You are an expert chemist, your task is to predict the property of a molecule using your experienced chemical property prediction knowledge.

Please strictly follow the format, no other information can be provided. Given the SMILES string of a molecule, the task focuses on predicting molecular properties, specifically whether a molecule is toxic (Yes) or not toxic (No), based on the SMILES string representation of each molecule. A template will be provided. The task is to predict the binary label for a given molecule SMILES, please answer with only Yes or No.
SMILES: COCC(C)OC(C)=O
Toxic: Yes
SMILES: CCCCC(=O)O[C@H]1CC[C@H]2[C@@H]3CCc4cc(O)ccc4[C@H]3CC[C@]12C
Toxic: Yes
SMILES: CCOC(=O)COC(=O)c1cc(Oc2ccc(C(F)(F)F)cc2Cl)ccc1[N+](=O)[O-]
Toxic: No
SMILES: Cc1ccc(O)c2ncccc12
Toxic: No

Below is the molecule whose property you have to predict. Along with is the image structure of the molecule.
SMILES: OC[C@H]1O[C@@H]2O[C@@H]3[C@@H](CO)O[C@H](O[C@@H]4[C@@H](CO)O[C@H](O[C@@H]5[C@@H](CO)O[C@H](O[C@@H]6[C@@H](CO)O[C@H](O[C@@H]7[C@@H](CO)O[C@H](O[C@H]1[C@H](O)[C@H]2O)[C@H](O)[C@H]7O)[C@H](O)[C@H]6O)[C@H](O)[C@H]5O)[C@H](O)[C@H]4O)[C@H](O)[C@H]3O
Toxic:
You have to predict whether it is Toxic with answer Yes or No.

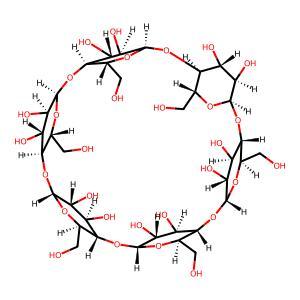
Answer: No